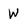
Character: W